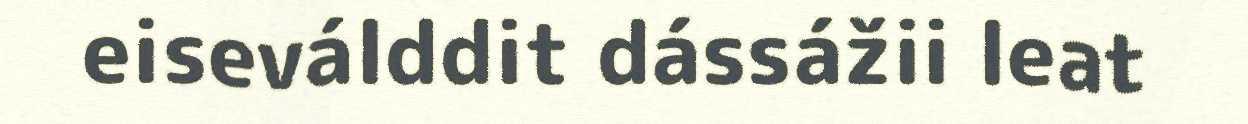
eiseválddit dássážii leat